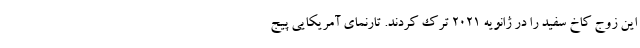
این زوج کاخ سفید را در ژانویه ۲۰۲۱ ترک کردند. تارنمای آمریکایی پیج